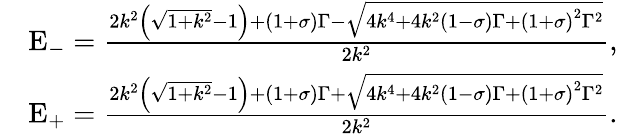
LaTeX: \begin{array}{rl}&{{\mathrm{E}_{-}}=\frac{{2{k^{2}}\left({\sqrt{1+{k^{2}}}-1}\right)+\left({1+\sigma}\right)\Gamma-\sqrt{4{k^{4}}+4{k^{2}}\left({1-\sigma}\right)\Gamma+{{\left({1+\sigma}\right)}^{2}}{\Gamma^{2}}}}}{{2{k^{2}}}},}\\ &{{\mathrm{E}_{+}}=\frac{{2{k^{2}}\left({\sqrt{1+{k^{2}}}-1}\right)+\left({1+\sigma}\right)\Gamma+\sqrt{4{k^{4}}+4{k^{2}}\left({1-\sigma}\right)\Gamma+{{\left({1+\sigma}\right)}^{2}}{\Gamma^{2}}}}}{{2{k^{2}}}}.}\end{array}